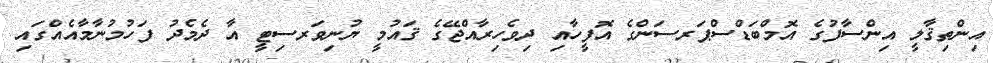
އިންތިޤާލީ އިންސާފުގެ އޮމްބަޑްސްޕަރސަންގެ އޮފީހާއި ދިވެހިރާއްޖޭގެ ޤައުމީ ޔުނިވަރސިޓީ އާ ދެމެދު ފަހުމުނާމާއެއްގައި